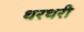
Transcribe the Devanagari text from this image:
थरथरी